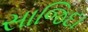
સાજિદા